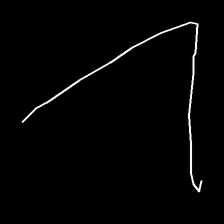
Glyph: region